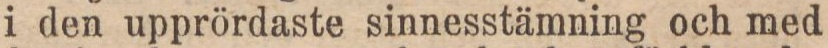
i den upprördaste sinnesstämning och med